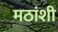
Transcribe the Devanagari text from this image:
मठांशी